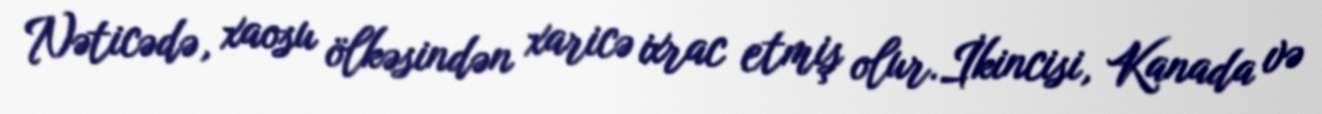
Nəticədə, xaosu ölkəsindən xaricə ixrac etmiş olur.İkincisi, Kanada və